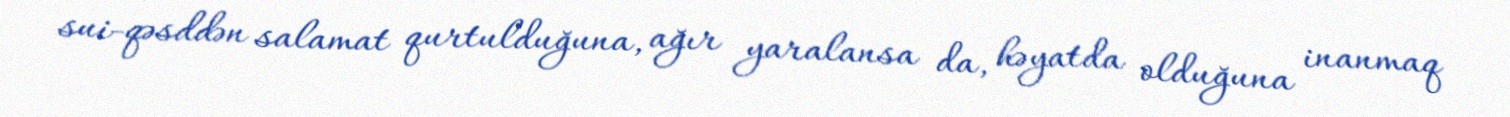
sui-qəsddən salamat qurtulduğuna, ağır yaralansa da, həyatda olduğuna inanmaq